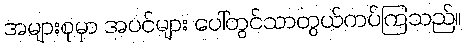
အများစုမှာ အပင်များ ပေါ်တွင်သာတွယ်ကပ်ကြသည်။